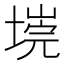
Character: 𭏐